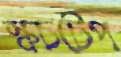
স্কচটেপ